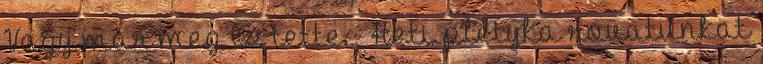
Vagy már meg is tette - Heti pletyka rovatunkat